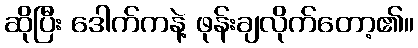
ဆိုပြီး ဒေါက်ကနဲ့ ဖုန်းချလိုက်တော့၏။